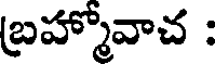
బ్రహ్మోవాచ :